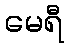
မေရီ